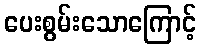
ပေးစွမ်းသောကြောင့်